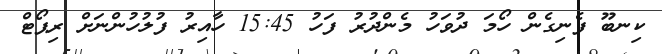
ކިނބޫ ފެނިގެން ހޯމަ ދުވަހު މެންދުރު ފަހު 15:45 ހާއިރު ފުލުހުންނަށް ރިޕޯޓް